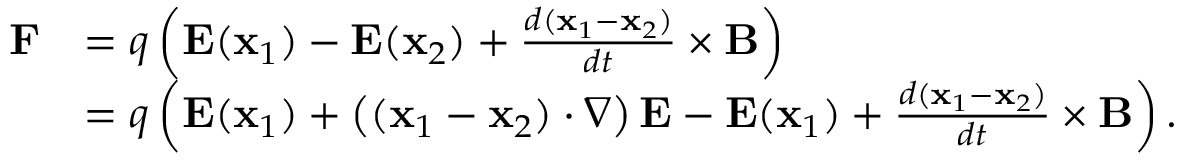
{ \begin{array} { r l } { \mathbf { F } } & { = q \left( \mathbf { E } ( \mathbf { x } _ { 1 } ) - \mathbf { E } ( \mathbf { x } _ { 2 } ) + { \frac { d ( \mathbf { x } _ { 1 } - \mathbf { x } _ { 2 } ) } { d t } } \times \mathbf { B } \right) } \\ & { = q \left( \mathbf { E } ( \mathbf { x } _ { 1 } ) + \left( ( \mathbf { x } _ { 1 } - \mathbf { x } _ { 2 } ) \cdot \nabla \right) \mathbf { E } - \mathbf { E } ( \mathbf { x } _ { 1 } ) + { \frac { d ( \mathbf { x } _ { 1 } - \mathbf { x } _ { 2 } ) } { d t } } \times \mathbf { B } \right) . } \end{array} }